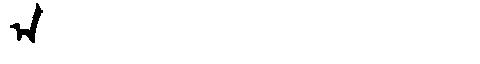
Manchu: ᠠ
Romanization: A